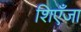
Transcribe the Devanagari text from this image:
शिएँजा